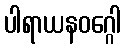
ပါရာယနဝဂ္ဂေါ